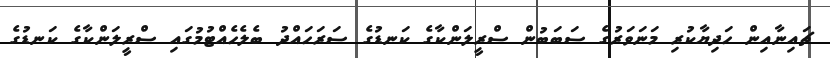
ޗައިނާއިން ހަދިޔާކުރި މަނަވަރުގެ ސަބަބުން ސްރީލަންކާގެ ކަނޑުގެ ސަރަހައްދު ބެލެހެއްޓުމުގައި ސްރީލަންކާގެ ކަނޑުގެ